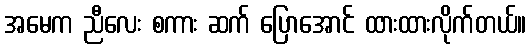
အမေက ညီလေး စကား ဆက် ပြောအောင် ထားထားလိုက်တယ်။